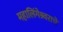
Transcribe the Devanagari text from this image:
महालिंगेश्र्वराचे